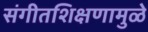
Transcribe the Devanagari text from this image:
संगीतशिक्षणामुळे